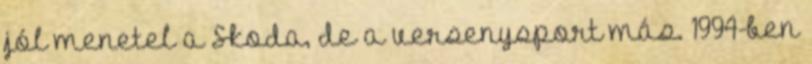
jól menetel a Skoda, de a versenysport más. 1994-ben